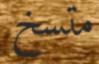
متسخ